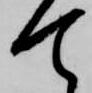
て